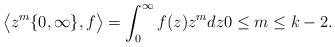
LaTeX: \begin{align*} \big \langle z^m\lbrace 0, \infty\rbrace, f \big\rangle=\int_0^{ \infty} f(z) z^m dz0\leq m \leq k-2. \end{align*}